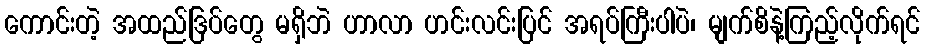
ကောင်းတဲ့ အထည်ဒြပ်တွေ မရှိဘဲ ဟာလာ ဟင်းလင်းပြင် အရပ်ကြီးပါပဲ၊ မျက်စိနဲ့ကြည့်လိုက်ရင်